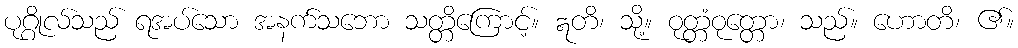
ပုဂ္ဂိုလ်သည် ရအပ်သော အနက်သဘော သတ္တိကြောင့်။ ဣတိ၊ သို့။ ဝုတ္တံဝုတ္တော၊ သည်။ ဟောတိ၊ ၏။